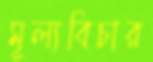
মূল্যবিচার